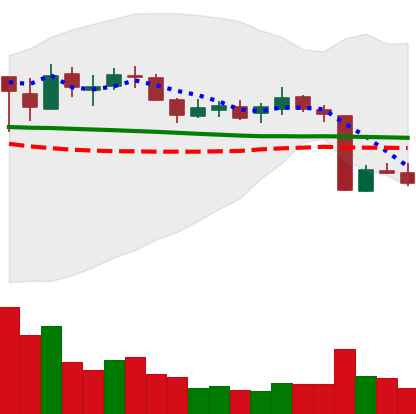
Ticker: XLM-USD
Chart end date: 2018-10-14
Forward return: 15.565%
Label: up_7plus